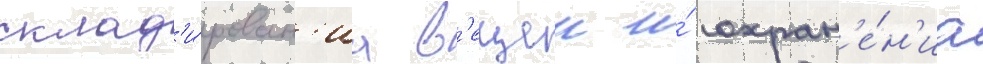
склад'и́рован'иа в'ещеи и́ сохран'е́н'иа